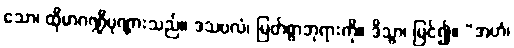
သော၊ ထိုမာဂဏ္ဍီပုဏ္ဏားသည်။ ဒသဗလံ၊ မြတ်စွာဘုရားကို။ ဒိသွာ၊ မြင်၍။ “အဟံ၊